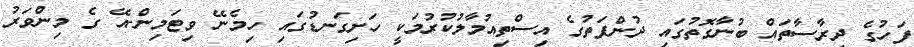
ފަހުގެ ދިރާސާތައް ބުނާގޮތުގައި ދުންފަތުގެ އިސްތިއުމާލުކުރުމަކީ ހަށިގަނޑުގައި ހިމެނޭ ވިޓަމިން-އޭ ގެ މިންވަރު